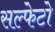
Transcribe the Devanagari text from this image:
सल्फेटो